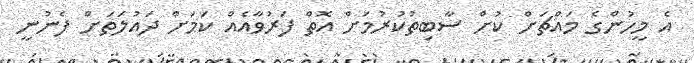
އެ މީހުންގެ މައްޗަށް ކުށް ސާބިތުކުރުމަށް އޮތް ފަރުވާއެއް ކަމަށް ދައުލަތަށް ފެނުނީ